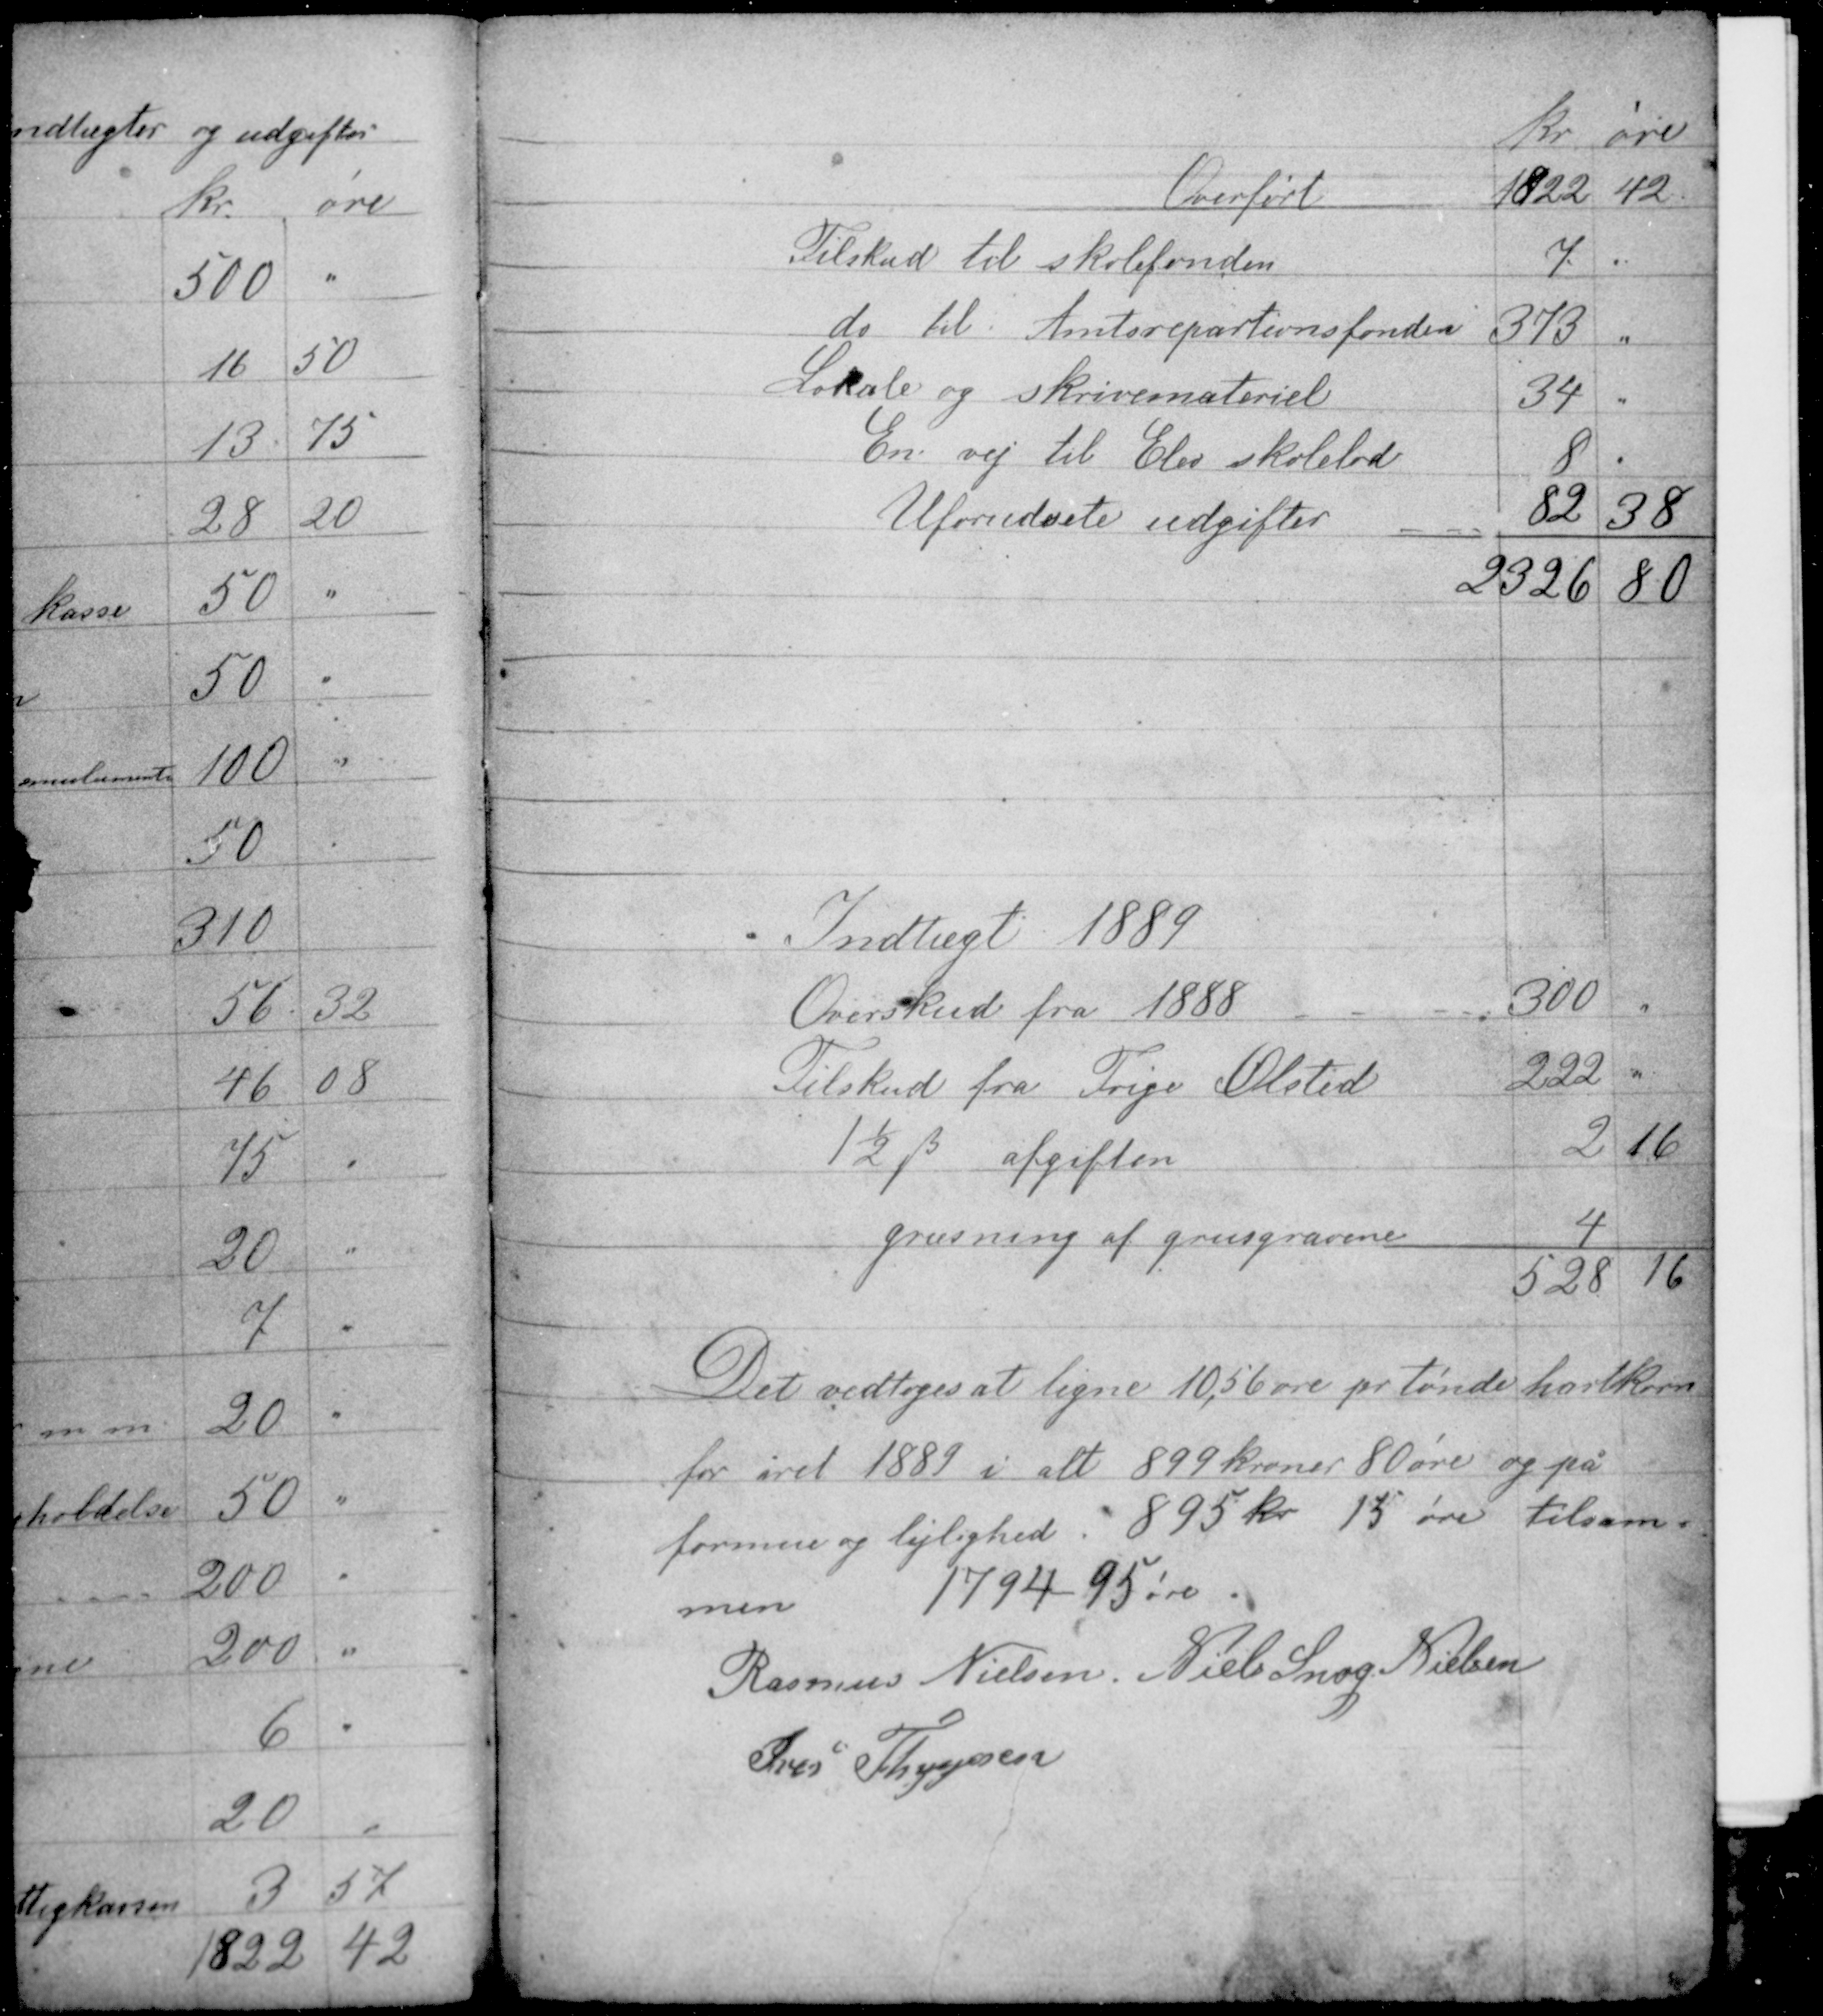
Transskription:
Det vedtoges at ligne 10,56 øre pr tønde hartkorn
for året 1889 i alt 899 kroner 80 øre og på
formue og lejlighed 895 kr 15 øre tilsam-
men 1794, 95 øre.

Rasmus Nielsen Niels Snog Nielsen
Iver Thygesen